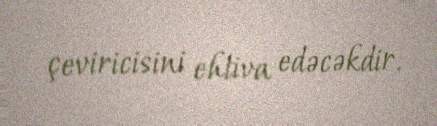
çeviricisini ehtiva edəcəkdir.